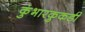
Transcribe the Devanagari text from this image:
कुंभारकुकडी